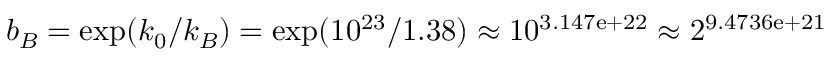
b _ { B } = \exp ( k _ { 0 } / k _ { B } ) = \exp ( 1 0 ^ { 2 3 } / 1 . 3 8 ) \approx 1 0 ^ { 3 . 1 4 7 \mathrm { e } + 2 2 } \approx 2 ^ { 9 . 4 7 3 6 \mathrm { e } + 2 1 }